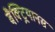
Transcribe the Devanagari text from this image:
बैक्ट्रियानस